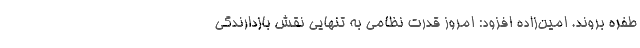
طفره بروند. امین‌زاده افزود: امروز قدرت نظامی به تنهایی نقش بازدارندگی